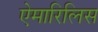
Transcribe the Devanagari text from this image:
ऐमारिलिस